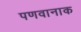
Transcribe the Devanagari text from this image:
पणवानाक